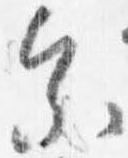
参